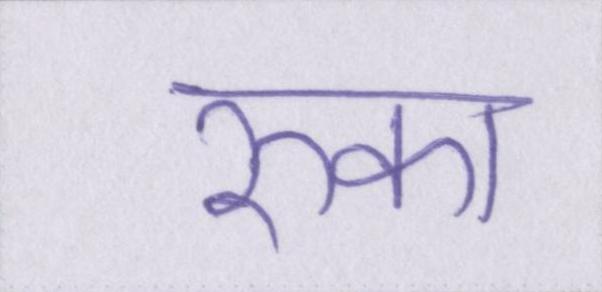
रुका